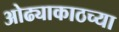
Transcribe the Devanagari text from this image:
ओढ्याकाठच्या